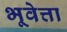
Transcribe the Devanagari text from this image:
भूवेत्ता